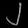
Digit: ၂